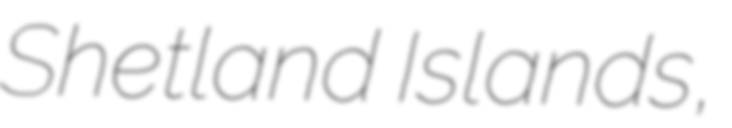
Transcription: Shetland Islands,